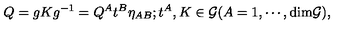
Q = g K g ^ { - 1 } = Q ^ { A } t ^ { B } \eta _ { A B } ; t ^ { A } , K \in { \cal G } ( A = 1 , \cdots , \mathrm { d i m } { \cal G } ) ,